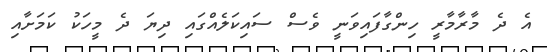
އެ ދެ މާރާމާރީ ހިންގާފައިވަނީ ވެސް ސައިކަލެއްގައި ދިޔަ ދެ މީހަކު ކަމަށާއި